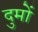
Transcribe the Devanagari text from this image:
दुमों